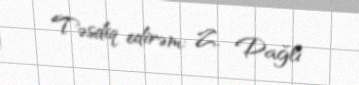
Təsdiq edirəm: Z. Dağlı